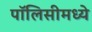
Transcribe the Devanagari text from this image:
पॉलिसीमध्ये